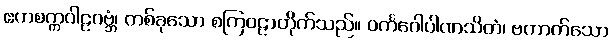
ဧကစက္ကဝါဠဂဗ္ဘံ၊ တစ်ခုသော စကြဝဠာတိုက်သည်။ ဝင်္ကဂေါပါဏသိတံ၊ ဗကာက်သော